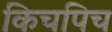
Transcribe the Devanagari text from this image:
किचपिच